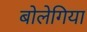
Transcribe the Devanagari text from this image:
बोलेगिया